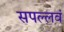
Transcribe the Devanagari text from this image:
सपल्लवं